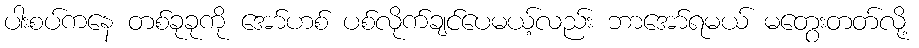
ပါးစပ်ကနေ တစ်ခုခုကို အော်ဟစ် ပစ်လိုက်ချင်ပေမယ့်လည်း ဘာအော်ရမယ် မတွေးတတ်လို့